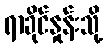
ရာခိုင်နှုန်းသို့